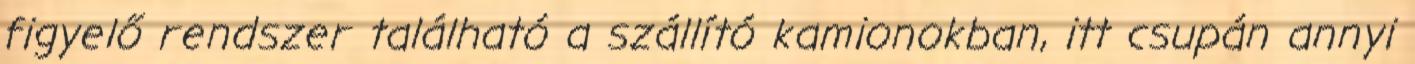
figyelő rendszer található a szállító kamionokban, itt csupán annyi